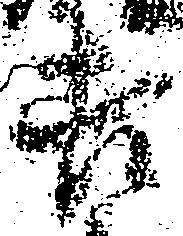
吉